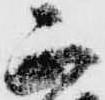
正